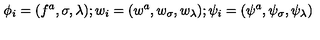
\phi _ { i } = ( f ^ { a } , \sigma , \lambda ) ; w _ { i } = ( w ^ { a } , w _ { \sigma } , w _ { \lambda } ) ; \psi _ { i } = ( \psi ^ { a } , \psi _ { \sigma } , \psi _ { \lambda } )